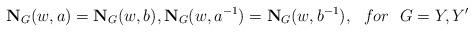
LaTeX: \begin{align*} {\bf N}_{G}(w,a) = {\bf N}_{G}(w,b), {\bf N}_{G}(w,a^{-1}) = {\bf N}_{G}(w,b^{-1}), ~~for ~~G = Y,Y'\end{align*}